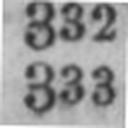
333